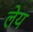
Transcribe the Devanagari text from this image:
लेय